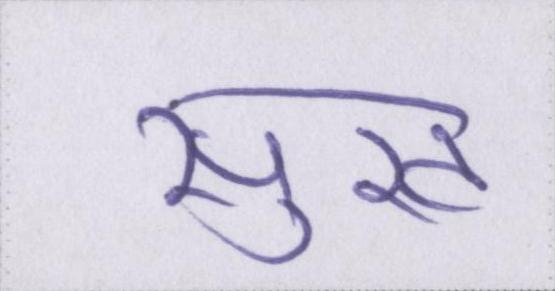
सुख